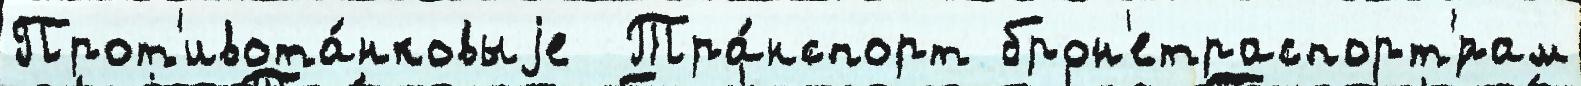
Прот'ивота́нковыjе  Тра́нспорт брон'етраспорт'́рам